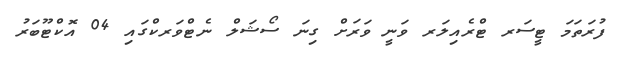
ފުރަތަމަ ޓީސަރ ޓްރެއިލަރ ވަނީ ވަރަށް ގިނަ ސޯޝަލް ނެޓްވަރކްގައި 04 އޮކްޓޫބަރު